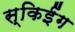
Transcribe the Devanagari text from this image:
स्किईंग